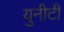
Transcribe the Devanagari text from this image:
युनीटी